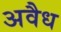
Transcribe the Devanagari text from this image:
अवैध